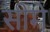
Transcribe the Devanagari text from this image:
सीमे